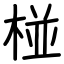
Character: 椪